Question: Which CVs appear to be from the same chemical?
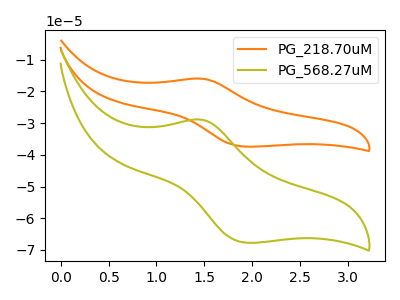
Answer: <think>The orange curve "PG_218.70uM" has an anodic peak at (1.45V, -16.00uA) and a cathodic peak at (1.95V, -37.45uA). The olive curve "PG_568.27uM" has an anodic peak at (1.45V, -28.90uA) and a cathodic peak at (1.95V, -67.75uA).
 All the peaks in "PG_218.70uM" have a peak in "PG_568.27uM" at the same potential.</think>
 <answer>"PG_568.27uM" and "PG_218.70uM" have the same shape and are likely CV's of the same chemical.</answer>
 <eval>"PG_568.27uM" "PG_218.70uM"</eval>